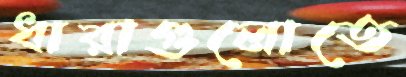
ধারাগুলোতে